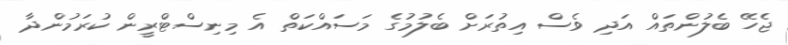
ޖެހޭ ބެލުންތައް އަދި ވެސް އިތުރަށް ބެލުމުގެ މަސައްކަތް އެ މިނިސްޓްރީން ކުރަމުންދާ